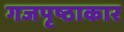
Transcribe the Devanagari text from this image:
गजपृष्ठाकार